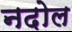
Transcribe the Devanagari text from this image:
नदोल